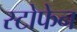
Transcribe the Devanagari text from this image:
स्टोफेन